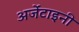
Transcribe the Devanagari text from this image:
अर्जेंटाइनी